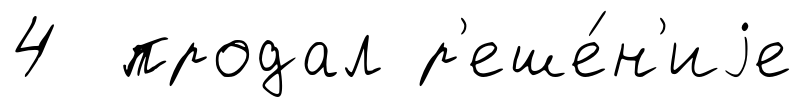
4 продал р'еше́н'иjе